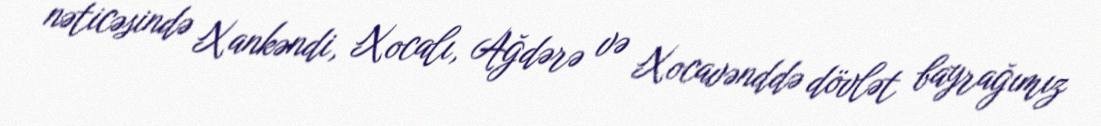
nəticəsində Xankəndi, Xocalı, Ağdərə və Xocavənddə dövlət bayrağımız